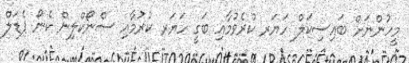
މީހުންނަށް ބައިސިކަލް ހަޔަރ ކުރެވުމާއި ބަގީ ހަޔަރ ކުރުމާއި ސްނޯކްލިން ކެނޯ ޕެޑަލް